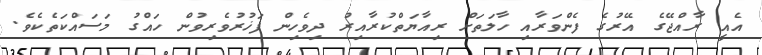
އެއީ ރާއްޖޭގެ އޭރުގެ ފެންވަރާއި ހާލަތަށް ރިއާޔަތްކުރާއިރު ދިވެހިން ފަޚުރުވެރިވުން ހައްގު މަސައްކަތެކެވެ.